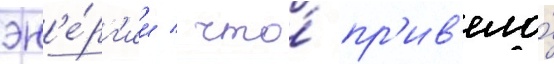
эн'е́рг'ии / что́ пр'ив'ело́